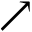
\nearrow